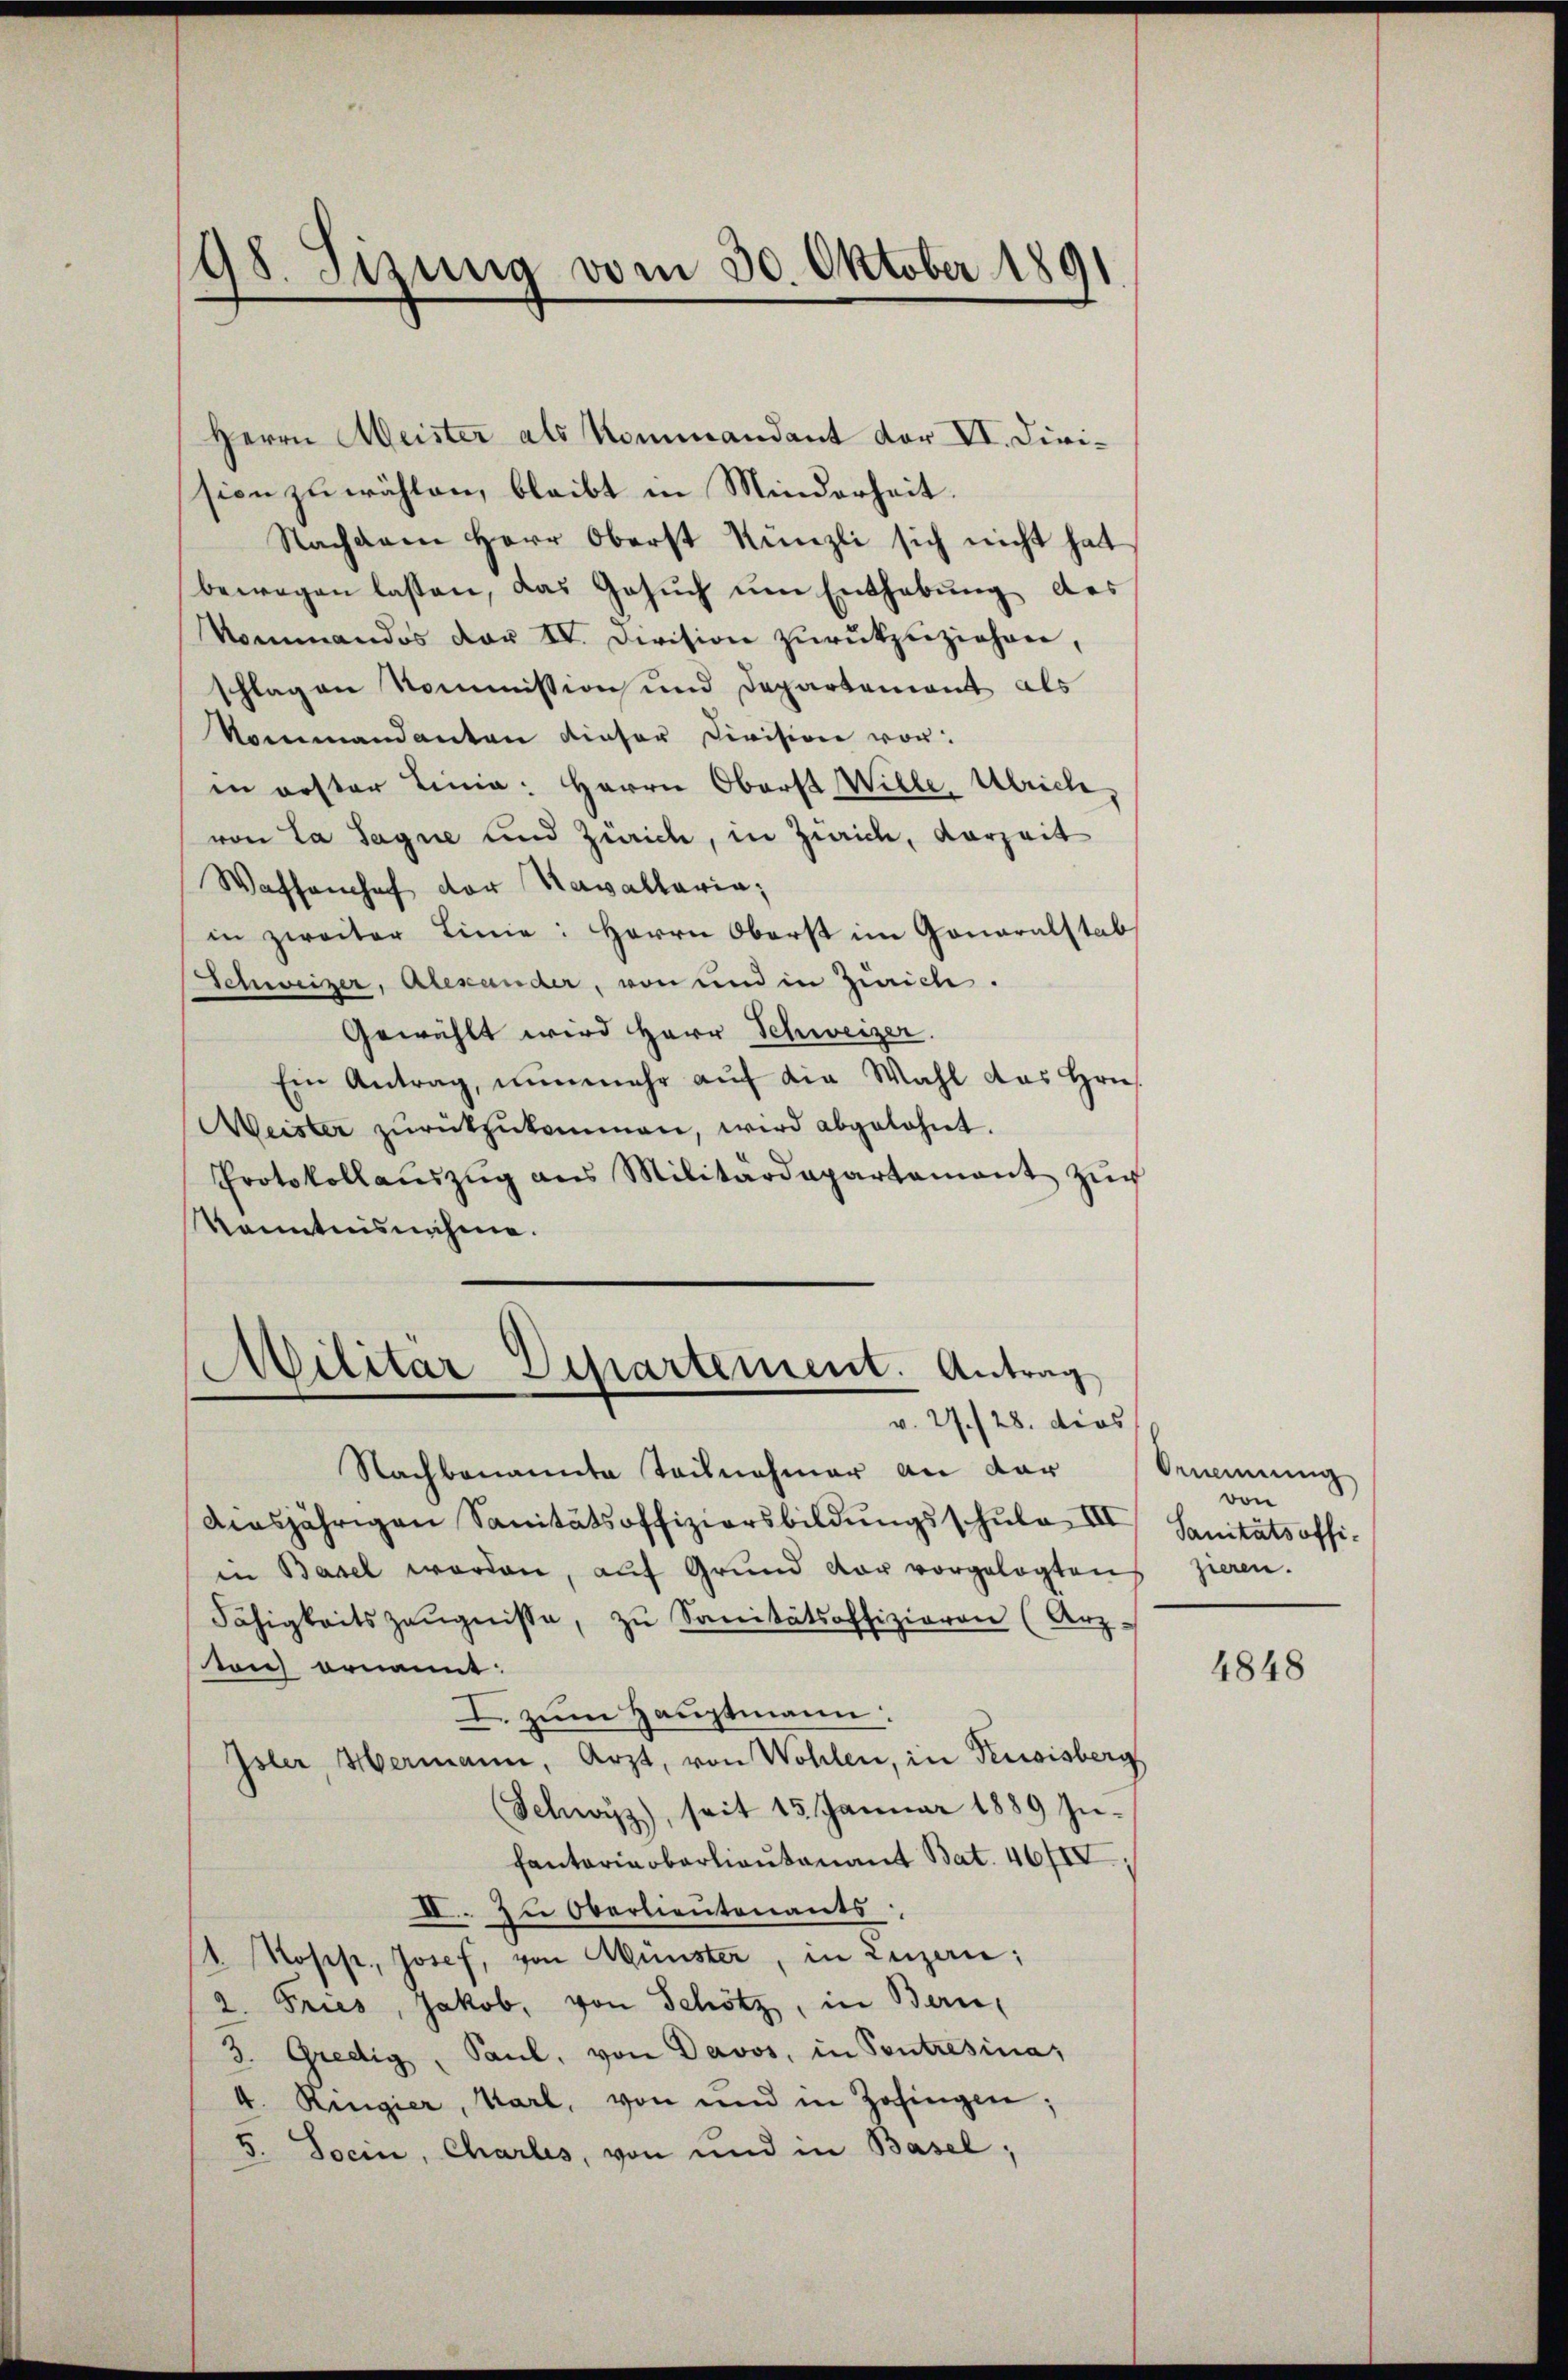
98. Jizung vom 30. Oktober 1891

Herrn Meister als Kommandant der VI. Division zu wählen, bleibt in Minderheit.
Nachdem Herr Oberst Nünzli sich nicht hat
bewegen lassen, das Gesŭch ŭm Enthebŭng des
Kommandos dar IV. Division zŭrückzuziehen,
schlagen Kommission und Departement als
Nommandanten dieser Division vor:
in erster Linia: Herrn Oberst Wille, Ulrich,
von La Sagne und Zürich, in Zürich, vorzeit
Wassenhof der Kavallaria,
in zweiter Linie: Herrn Oberst im Gonaralstab,
Schweizer, Alexander, von und in Zürich.
Gewählt wird Herr Schweizer.
Ein Antrag, nŭnmehr aŭf die Wahl das Hrn.
Weister zŭrückzŭkommen, wird abgelehnt.
Protokollaŭszŭg ans Militärdepartament zŭr
Kenntnisnahme.

Militar Departement. Antrag
v. 27./28. dies

Nachbenannte Teilnahmer an dar
diesjährigen Sanitätsoffiziersbildungsschule III
in Basel werden, auf Grund vor vorgelegten
Fähigkeitszeŭgnisse, zu Sanitätsoffizieren (Arz-
ton ornannt:
I. zum Hauptmann:
Isler Hermann, Arzt, von Wohlen, in Keusisberg
Schwyz), seit 15. Januar 1889 In-
Pantariobarlieutenant Bat. 46/II
II. zu Oberlieutenants
1. Kopp, Josef, von Münster, in Luzern:
2. Fries, Jakob, von Schötz, in Bern,
3. Gredig, Saul, von Davos, in Contresina,
4. Ringier, Karl, von und in Zofingen;
5. Socin, Charles, von und in Basel,

Ornennung
von
Sanitätsoffizieren.

4848